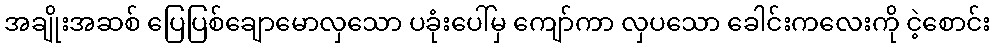
အချိုးအဆစ် ပြေပြစ်ချောမောလှသော ပခုံးပေါ်မှ ကျော်ကာ လှပသော ခေါင်းကလေးကို ငဲ့စောင်း